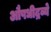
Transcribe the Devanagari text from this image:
औषधीद्रव्ये